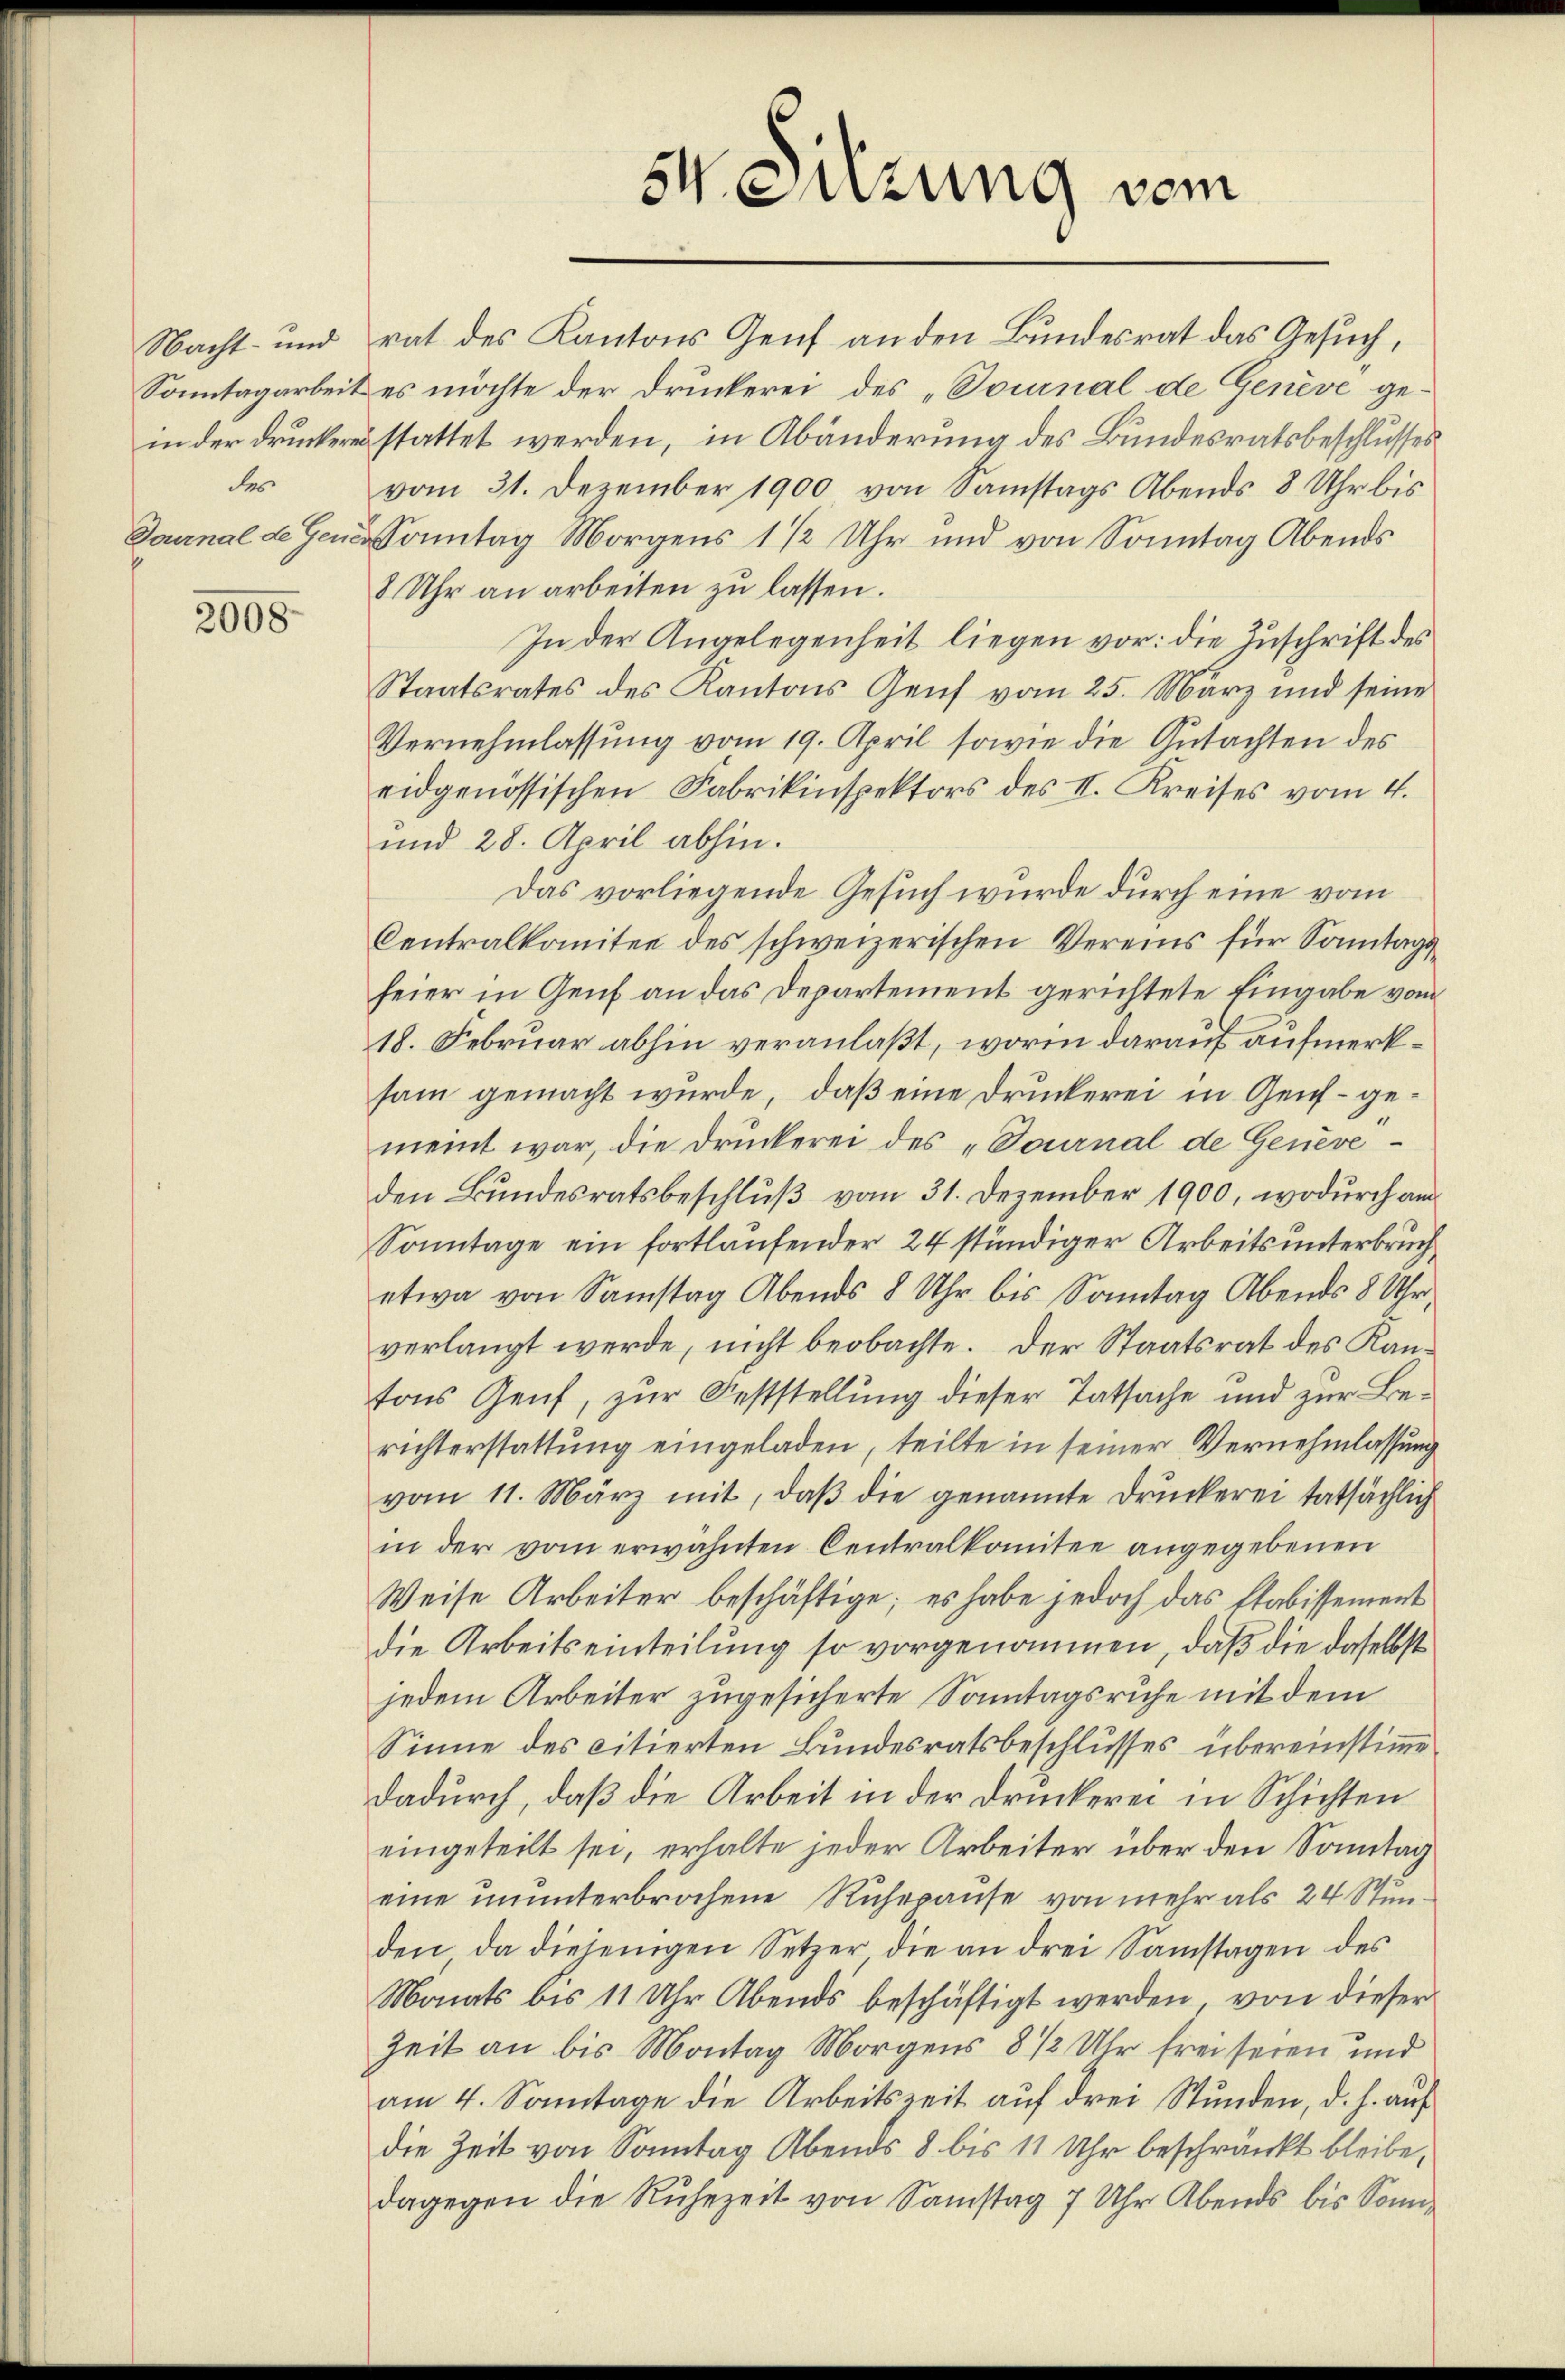
des

2008

54. Sitzung vom

Nacht- und rat des Kantons Genf an den Bundesrat das Gesuch,
Sonntagarbeit es möchte der Druckerei des „Tournal de Genève gein der druckeren stattet werden, in Abänderung des Bundesratsbeschlusses
vom 31. Dezember 1900 von Samstags Abends 8 Uhr bis
Daunal de Gener Sonntag Morgens 1/2 Uhr und von Sonntag Abends
8 Uhr an arbeiten zu lassen.
In der Angelegenheit liegen vor: die Zuschrift des
Staatsrates des Kantons Genf vom 25. März und seine
Vernehmlassung vom 19. April sowie die Gutachten des
eidgenössischen Fabrikinspektors des II. Kreises vom 4.
und 28. April abhin.
Das vorliegende Gesuch wurde durch eine vom
Centralkomitee des schweizerischen Vereins für Sonntags
feier in Genf an das Departement gerichtete Eingabe vom
18. Februar abhin veranlaßt, worin darauf aufmerksam gemacht wurde, daß eine Druckerei in Genf – gemeint war, die Druckerei des „Tournal de Geneveden Bundesratsbeschluß vom 31. Dezember 1900, wodurch am
Sonntage ein fortlaufender 24 stündiger Arbeitsunterbruch
etwa von Samstag Abends 8 Uhr bis Sonntag Abends 8 Uhr
verlangt werde, nicht beobachte. Der Staatsrat des Kantons Genf, zur Feststellung dieser Tatsache und zur Berichterstattung eingeladen, teilte in seiner Vernehmlassung
vom 11. März mit, daß die genannte Druckerei tatsächlich
in der vom erwähnten Centralkomitee angegebenen
Weise Arbeiter beschäftige; es habe jedoch das Etabissement
die Arbeitseinteilung so vorgenommen, daß die daselbst
jedem Arbeiter zugesicherte Sonntagsruhe mit dem
Sinne des citierten Bundesratsbeschlusses übereinstimme
dadurch, daß die Arbeit in der Druckerei in Schichten
eingeteilt sei, erhalte jeder Arbeiter über den Sonntag
eine ununterbrochene Ruhepause von mehr als 24 Stunden, da diejenigen Setzer die an drei Samstagen des
Monats bis 11 Uhr Abends beschäftigt werden, von dieser
Zeit an bis Montag Morgens 8 1/2 Uhr frei seien und
am 4. Sonntage die Arbeitszeit auf drei Stunden, d. h. auf
die Zeit von Sonntag Abends 8 bis 11 Uhr beschränkt bleibe,
dagegen die Ruhezeit von Samstag 7 Uhr Abends bis Sonn¬